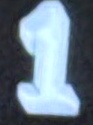
1